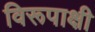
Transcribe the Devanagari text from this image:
विरूपाक्षी